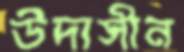
উদাসীন